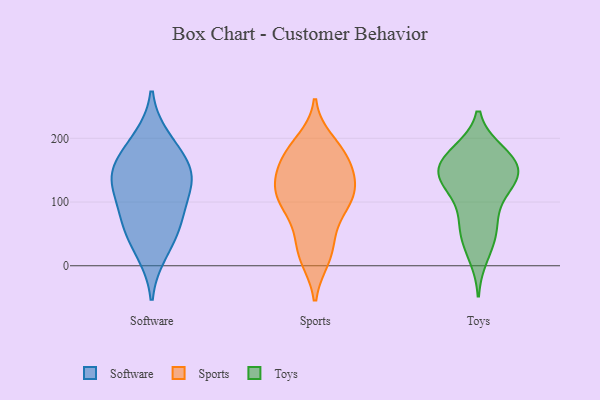
{"axis": {"x": "Latency (ms)", "y": "Value"}, "legend": ["Software", "Sports", "Toys"], "data": [{"x": "", "y": 54, "type": "Software"}, {"x": "", "y": 136, "type": "Software"}, {"x": "", "y": 85, "type": "Software"}, {"x": "", "y": 177, "type": "Software"}, {"x": "", "y": 21, "type": "Software"}, {"x": "", "y": 147, "type": "Software"}, {"x": "", "y": 199, "type": "Software"}, {"x": "", "y": 126, "type": "Software"}, {"x": "", "y": 141, "type": "Software"}, {"x": "", "y": 72, "type": "Software"}, {"x": "", "y": 163, "type": "Sports"}, {"x": "", "y": 13, "type": "Sports"}, {"x": "", "y": 24, "type": "Sports"}, {"x": "", "y": 176, "type": "Sports"}, {"x": "", "y": 111, "type": "Sports"}, {"x": "", "y": 194, "type": "Sports"}, {"x": "", "y": 123, "type": "Sports"}, {"x": "", "y": 147, "type": "Sports"}, {"x": "", "y": 178, "type": "Sports"}, {"x": "", "y": 175, "type": "Sports"}, {"x": "", "y": 113, "type": "Sports"}, {"x": "", "y": 83, "type": "Sports"}, {"x": "", "y": 99, "type": "Sports"}, {"x": "", "y": 98, "type": "Sports"}, {"x": "", "y": 137, "type": "Sports"}, {"x": "", "y": 121, "type": "Sports"}, {"x": "", "y": 18, "type": "Sports"}, {"x": "", "y": 55, "type": "Sports"}, {"x": "", "y": 142, "type": "Toys"}, {"x": "", "y": 117, "type": "Toys"}, {"x": "", "y": 15, "type": "Toys"}, {"x": "", "y": 128, "type": "Toys"}, {"x": "", "y": 161, "type": "Toys"}, {"x": "", "y": 85, "type": "Toys"}, {"x": "", "y": 134, "type": "Toys"}, {"x": "", "y": 50, "type": "Toys"}, {"x": "", "y": 179, "type": "Toys"}, {"x": "", "y": 140, "type": "Toys"}, {"x": "", "y": 155, "type": "Toys"}, {"x": "", "y": 67, "type": "Toys"}, {"x": "", "y": 177, "type": "Toys"}, {"x": "", "y": 44, "type": "Toys"}, {"x": "", "y": 176, "type": "Toys"}, {"x": "", "y": 146, "type": "Toys"}]}